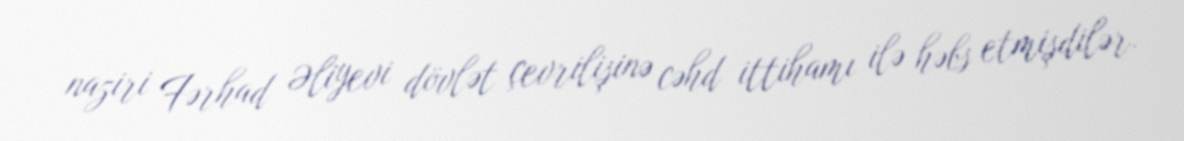
naziri Fərhad Əliyevi dövlət çevrilişinə cəhd ittihamı ilə həbs etmişdilər.